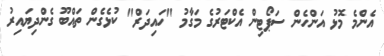
އެންމެ މޮޅު އަންހެން ސަޕޯޓިން އެކްޓަރުގެ މަގާމު "ހައިދަރް" ކުޅެގެން ތައްބޫ ގެންދިޔައިރު